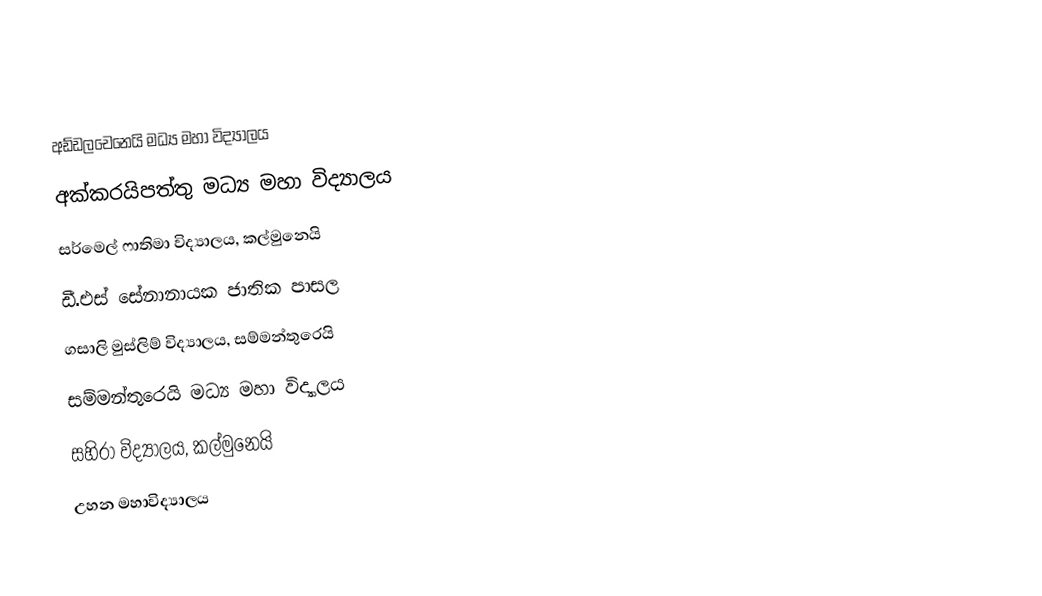
අඩ්ඩලචෙනෙයි මධ්‍ය මහා විද්‍යාලය
 අක්කරයිපත්තු මධ්‍ය මහා විද්‍යාලය
 සර්මෙල් ෆාතිමා විද්‍යාලය, කල්මුනෙයි
 ඩී.එස් සේනානායක ජාතික පාසල
 ගසාලි මුස්ලිම් විද්‍යාලය, සම්මන්තුරෙයි
 සම්මන්තුරෙයි මධ්‍ය මහා විද්‍යාලය
 සහිරා විද්‍යාලය, කල්මුනෙයි
 උහන මහාවිද්‍යාලය